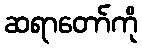
ဆရာတော်ကို